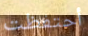
أحتفظت